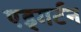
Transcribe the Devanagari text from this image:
एड्गर्टन